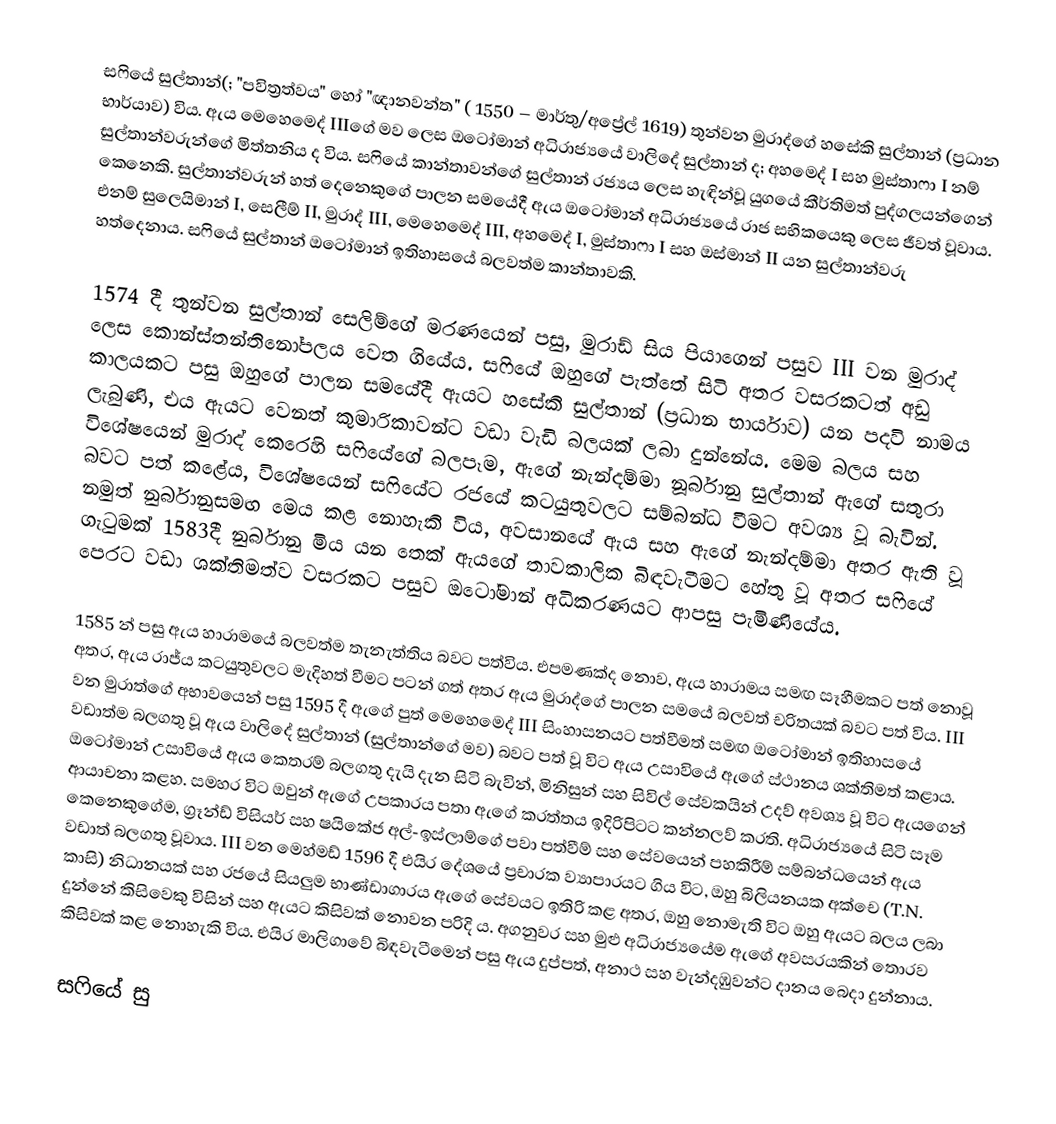
සෆියේ සුල්තාන්(; "පවිත්‍රත්වය" හෝ "ඥානවන්ත" ( 1550 – මාර්තු/අප්‍රේල් 1619) තුන්වන මුරාද්ගේ හසේකි සුල්තාන් (ප්‍රධාන භාර්යාව) විය. ඇය මෙහෙමෙද් IIIගේ මව ලෙස ඔටෝමාන් අධිරාජ්‍යයේ වාලිදේ සුල්තාන් ද; අහමෙද් I සහ මුස්තාෆා I නම් සුල්තාන්වරුන්ගේ මිත්තනිය ද විය. සෆියේ කාන්තාවන්ගේ සුල්තාන් රජ්‍යය ලෙස හැඳින්වූ යුගයේ කීර්තිමත් පුද්ගලයන්ගෙන් කෙනෙකි. සුල්තාන්වරුන් හත් දෙනෙකුගේ පාලන සමයේදී ඇය ඔටෝමාන් අධිරාජ්‍යයේ රාජ සභිකයෙකු ලෙස ජීවත් වූවාය. එනම් සුලෙයිමාන් I, සෙලීම් II, මුරාද් III, මෙහෙමෙද් III, අහමෙද් I, මුස්තාෆා I සහ ඔස්මාන් II යන සුල්තාන්වරු හත්දෙනාය. සෆියේ සුල්තාන් ඔටෝමාන් ඉතිහාසයේ බලවත්ම කාන්තාවකි.

1574 දී තුන්වන සුල්තාන් සෙලිම්ගේ මරණයෙන් පසු, මුරාඩ් සිය පියාගෙන් පසුව III වන මුරාද් ලෙස කොන්ස්තන්තිනෝපලය වෙත ගියේය. සෆියේ ඔහුගේ පැත්තේ සිටි අතර වසරකටත් අඩු කාලයකට පසු ඔහුගේ පාලන සමයේදී ඇයට හසේකි සුල්තාන් (ප්‍රධාන භාර්යාව) යන පදවි නාමය ලැබුණි, එය ඇයට වෙනත් කුමාරිකාවන්ට වඩා වැඩි බලයක් ලබා දුන්නේය. මෙම බලය සහ විශේෂයෙන් මුරාද් කෙරෙහි සෆියේගේ බලපෑම, ඇගේ නැන්දම්මා නූර්බානු සුල්තාන් ඇගේ සතුරා බවට පත් කළේය, විශේෂයෙන් සෆියේට රජයේ කටයුතුවලට සම්බන්ධ වීමට අවශ්‍ය වූ බැවින්. නමුත් නුර්බානුසමඟ මෙය කළ නොහැකි විය, අවසානයේ ඇය සහ ඇගේ නැන්දම්මා අතර ඇති වූ ගැටුමක් 1583දී නුර්බානු මිය යන තෙක් ඇයගේ තාවකාලික බිඳවැටීමට හේතු වූ අතර සෆියේ පෙරට වඩා ශක්තිමත්ව වසරකට පසුව ඔටෝමාන් අධිකරණයට ආපසු පැමිණියේය.

1585 න් පසු ඇය හාරාමයේ බලවත්ම තැනැත්තිය බවට පත්විය. එපමණක්ද නොව, ඇය හාරාමය සමඟ සෑහීමකට පත් නොවූ අතර, ඇය රාජ්ය කටයුතුවලට මැදිහත් වීමට පටන් ගත් අතර ඇය මුරාද්ගේ පාලන සමයේ බලවත් චරිතයක් බවට පත් විය. III වන මුරාත්ගේ අභාවයෙන් පසු 1595 දී ඇගේ පුත් මෙහෙමෙද්  III සිංහාසනයට පත්වීමත් සමඟ ඔටෝමාන් ඉතිහාසයේ වඩාත්ම බලගතු වූ ඇය වාලිදේ සුල්තාන් (සුල්තාන්ගේ මව) බවට පත් වූ විට ඇය උසාවියේ ඇගේ ස්ථානය ශක්තිමත් කළාය. ඔටෝමාන් උසාවියේ ඇය කෙතරම් බලගතු දැයි දැන සිටි බැවින්, මිනිසුන් සහ සිවිල් සේවකයින් උදව් අවශ්‍ය වූ විට ඇයගෙන් ආයාචනා කළහ. සමහර විට ඔවුන් ඇගේ උපකාරය පතා ඇගේ කරත්තය ඉදිරිපිටට කන්නලව් කරති. අධිරාජ්‍යයේ සිටි සෑම කෙනෙකුගේම, ග්‍රෑන්ඩ් විසියර් සහ ෂයිකේජ අල්-ඉස්ලාම්ගේ පවා පත්වීම් සහ සේවයෙන් පහකිරීම් සම්බන්ධයෙන් ඇය වඩාත් බලගතු වූවාය. III වන මෙහ්මඩ් 1596 දී එයිර දේශයේ ප්‍රචාරක ව්‍යාපාරයට ගිය විට, ඔහු බිලියනයක අක්චෙ (T.N. කාසි) නිධානයක් සහ රජයේ සියලුම භාණ්ඩාගාරය ඇගේ සේවයට ඉතිරි කළ අතර, ඔහු නොමැති විට ඔහු ඇයට බලය ලබා දුන්නේ කිසිවෙකු විසින් සහ ඇයට කිසිවක් නොවන පරිදි ය. අගනුවර සහ මුළු අධිරාජ්‍යයේම ඇගේ අවසරයකින් තොරව කිසිවක් කළ නොහැකි විය. එයිර මාලිගාවේ බිඳවැටීමෙන් පසු ඇය දුප්පත්, අනාථ සහ වැන්දඹුවන්ට දානය බෙදා දුන්නාය.

සෆියේ සු